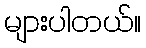
များပါတယ်။